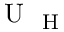
\mathrm { ~ U ~ } _ { \mathrm { ~ H ~ } }